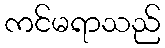
ကင်မရာသည်